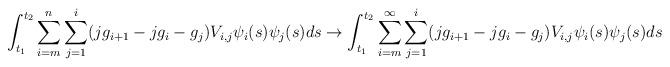
LaTeX: \begin{align*}\int_{t_1}^{t_2}\sum_{i=m}^n \sum_{j=1}^i(jg_{i+1}-jg_i-g_j)V_{i,j}\psi_i(s)\psi_j(s)ds \to \int_{t_1}^{t_2}\sum_{i=m}^{\infty} \sum_{j=1}^i(jg_{i+1}-jg_i-g_j)V_{i,j}\psi_i(s)\psi_j(s)ds\end{align*}